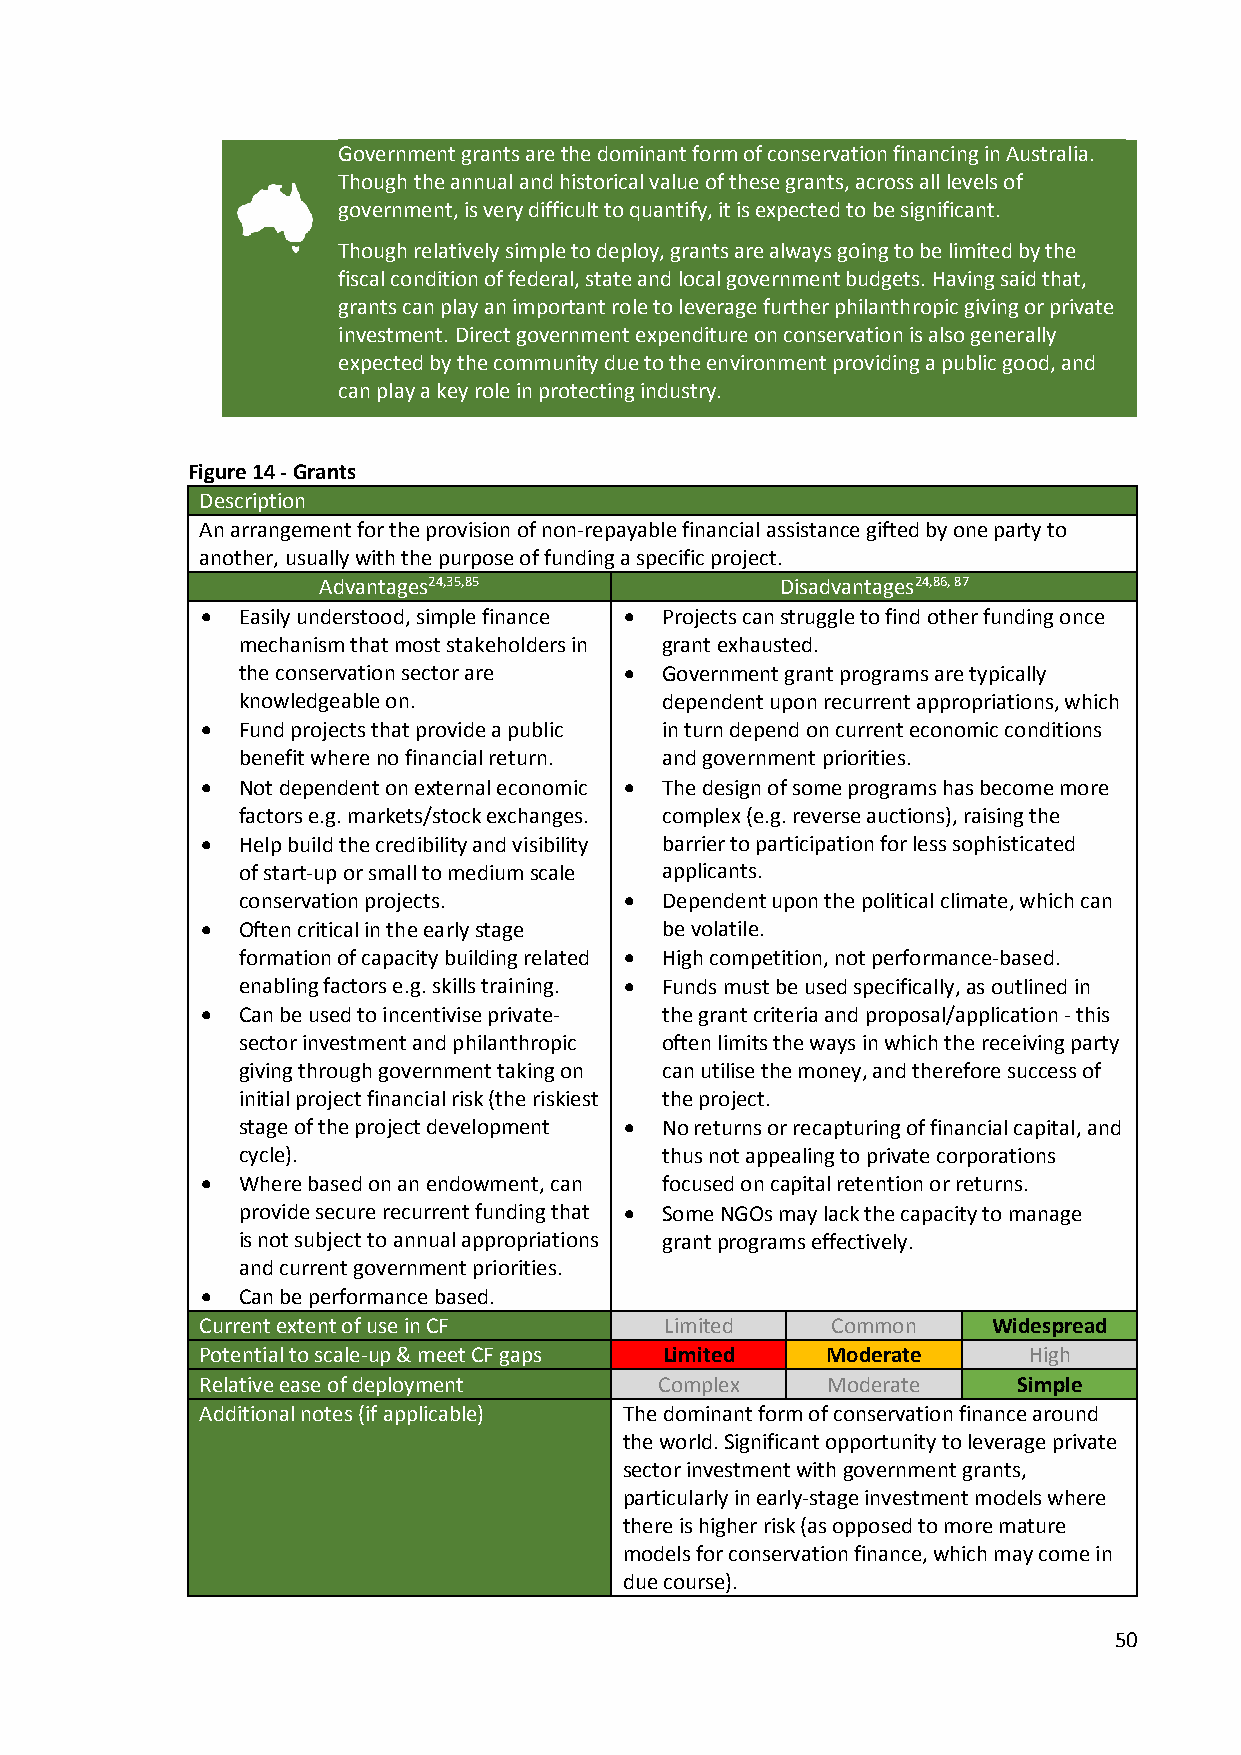
Government grants are the dominant form of conservation financing in Australia.
 Though the annual and historical value of these grants, across all levels of
 government, is very difficult to quantify, it is expected to be significant.
 Though relatively simple to deploy, grants are always going to be limited by the
 fiscal condition of federal, state and local government budgets. Having said that,
 grants can play an important role to leverage further philanthropic giving or private
 investment. Direct government expenditure on conservation is also generally
 expected by the community due to the environment providing a public good, and
 can play a key role in protecting industry.
 Figure 14 - Grants
 Description
 An arrangement for the provision of non-repayable financial assistance gifted by one party to
 another, usually with the purpose of funding a specific project.
 Advantages24,35,85             Disadvantages24,86, 87
   Easily understood, simple finance  Projects can struggle to find other funding once
 mechanism that most stakeholders in grant exhausted.
 the conservation sector are  Government grant programs are typically
 knowledgeable on.           dependent upon recurrent appropriations, which
   Fund projects that provide a public in turn depend on current economic conditions
 benefit where no financial return. and government priorities.
   Not dependent on external economic  The design of some programs has become more
 factors e.g. markets/stock exchanges. complex (e.g. reverse auctions), raising the
   Help build the credibility and visibility barrier to participation for less sophisticated
 of start-up or small to medium scale applicants.
 conservation projects.     Dependent upon the political climate, which can
   Often critical in the early stage be volatile.
 formation of capacity building related  High competition, not performance-based.
 enabling factors e.g. skills training.  Funds must be used specifically, as outlined in
   Can be used to incentivise private- the grant criteria and proposal/application - this
 sector investment and philanthropic often limits the ways in which the receiving party
 giving through government taking on can utilise the money, and therefore success of
 initial project financial risk (the riskiest the project.
 stage of the project development  No returns or recapturing of financial capital, and
 cycle).                     thus not appealing to private corporations
   Where based on an endowment, can focused on capital retention or returns.
 provide secure recurrent funding that  Some NGOs may lack the capacity to manage
 is not subject to annual appropriations grant programs effectively.
 and current government priorities.
   Can be performance based.
 Current extent of use in CF    Limited    Common     Widespread
 Potential to scale-up & meet CF gaps Limited Moderate  High
 Relative ease of deployment    Complex    Moderate    Simple
 Additional notes (if applicable) The dominant form of conservation finance around
 the world. Significant opportunity to leverage private
 sector investment with government grants,
 particularly in early-stage investment models where
 there is higher risk (as opposed to more mature
 models for conservation finance, which may come in
 due course).
 50